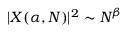
| X ( \alpha , N ) | ^ { 2 } \sim N ^ { \beta }